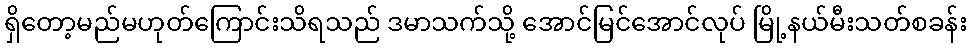
ရှိတော့မည်မဟုတ်ကြောင်းသိရသည် ဒမာသက်သို့ အောင်မြင်အောင်လုပ် မြို့နယ်မီးသတ်စခန်း